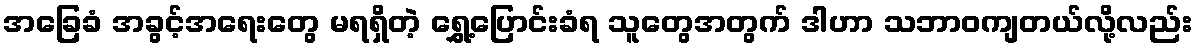
အခြေခံ အခွင့်အရေးတွေ မရရှိတဲ့ ရွှေ့ပြောင်းခံရ သူတွေအတွက် ဒါဟာ သဘာဝကျတယ်လို့လည်း